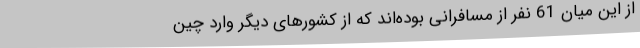
از این میان 61 نفر از مسافرانی بوده‌اند که از کشورهای دیگر وارد چین